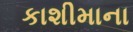
કાશીમાના